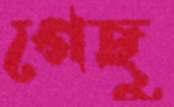
গেছু